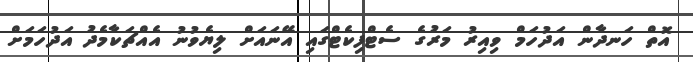
އޮތް ހަނދާން އަދުހަމް ވިއިރު މަރުގެ ސެޓްފިކެޓްގައި އޭނައަށް ލިޔެވުނު އެއްޗަކާމެދު އަދުހަމަށް